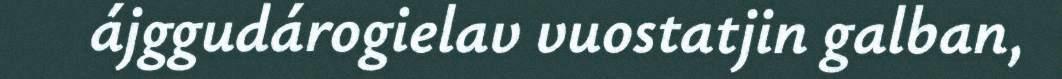
ájggudárogielav vuostatjin galban,